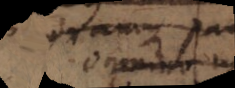
m a